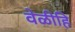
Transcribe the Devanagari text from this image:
वेळीहि